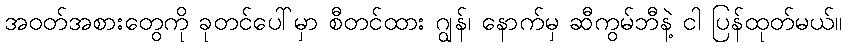
အဝတ်အစားတွေကို ခုတင်ပေါ်မှာ စီတင်ထား ဂျွန်၊ နောက်မှ ဆီကွမ်ဘီနဲ့ ငါ ပြန်ထုတ်မယ်။